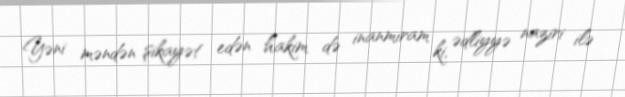
Yəni məndən şikayət edən hakim də inanmıram ki, ədliyyə naziri ilə